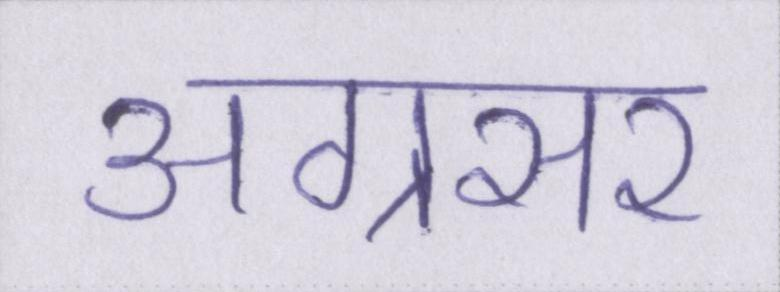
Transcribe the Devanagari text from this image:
अग्रसर